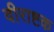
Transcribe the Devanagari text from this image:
वीराष्टक